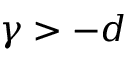
\gamma > - d